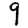
Digit: 9